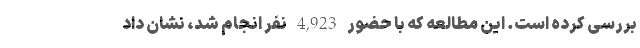
بررسی کرده است. این مطالعه که با حضور 4,923 نفر انجام شد، نشان داد